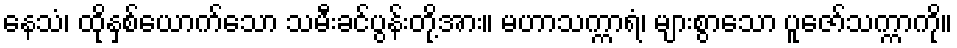
နေသံ၊ ထိုနှစ်ယောက်သော သမီးခင်ပွန်းတို့အား။ မဟာသက္ကာရံ၊ များစွာသော ပူဇော်သက္ကာကို။